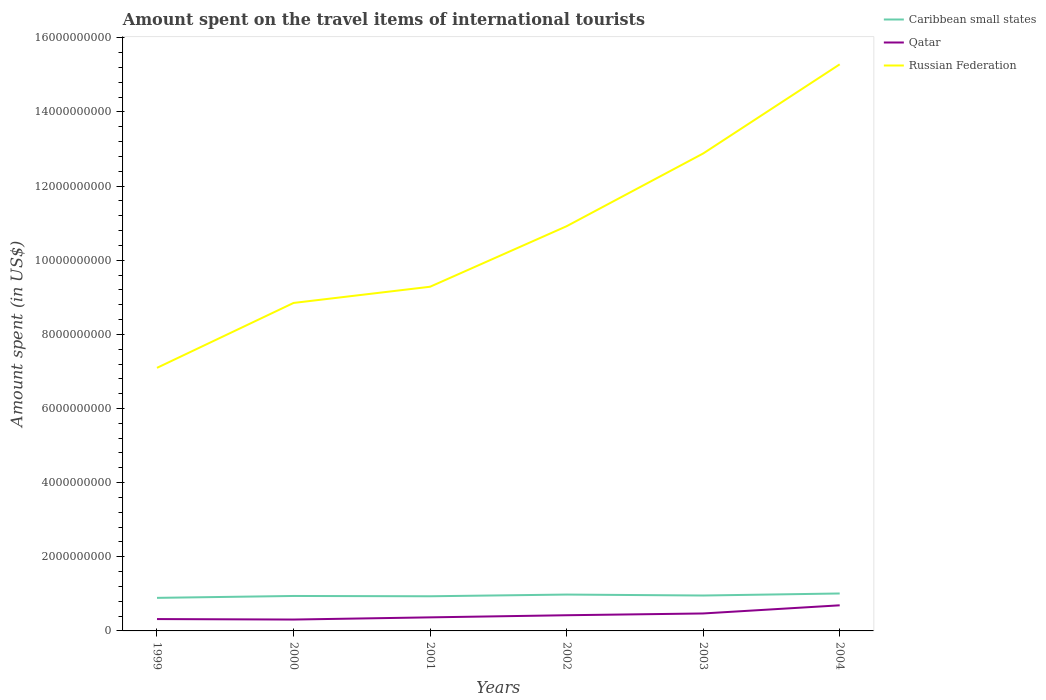
| Years | Caribbean small states | Qatar | Russian Federation |
 | --- | --- | --- | --- |
 | 1999 | 8.92e+08 | 3.2e+08 | 7.1e+09 |
 | 2000 | 9.43e+08 | 3.07e+08 | 8.85e+09 |
 | 2001 | 9.35e+08 | 3.66e+08 | 9.28e+09 |
 | 2002 | 9.81e+08 | 4.23e+08 | 1.09e+10 |
 | 2003 | 9.55e+08 | 4.71e+08 | 1.29e+10 |
 | 2004 | 1.01e+09 | 6.91e+08 | 1.53e+10 |